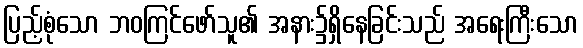
ပြည့်စုံသော ဘဝကြင်ဖော်သူ၏ အနား၌ရှိနေခြင်းသည် အရေးကြီးသော